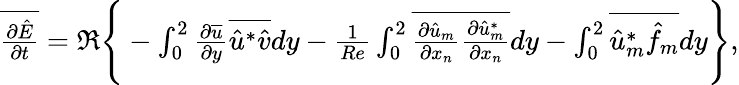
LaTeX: \begin{array}{r}{\overline{{\frac{\partial\hat{E}}{\partial t}}}=\Re\Bigg\{ -\int_{0}^{2}\frac{\partial\overline{{u}}}{\partial y}\overline{{\hat{u}^{*}\hat{v}}}dy-\frac{1}{Re}\int_{0}^{2}\overline{{\frac{\partial\hat{u}_{m}}{\partial x_{n}}\frac{\partial\hat{u}_{m}^{*}}{\partial x_{n}}}}dy-\int_{0}^{2}\overline{{\hat{u}_{m}^{*}\hat{f}_{m}}}dy\Bigg\} ,}\end{array}